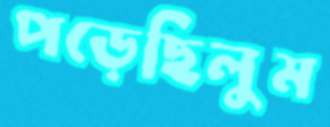
পড়েছিলুম